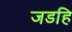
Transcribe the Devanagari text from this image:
जडहि